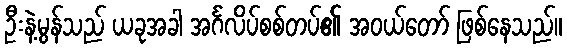
ဦးနဲ့မွန်သည် ယခုအခါ အင်္ဂလိပ်စစ်တပ်၏ အဝယ်တော် ဖြစ်နေသည်။